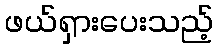
ဖယ်ရှားပေးသည့်